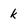
Character: k